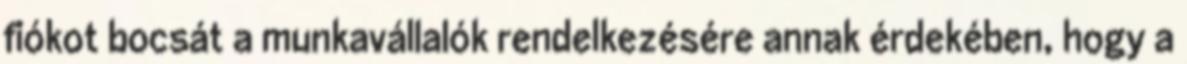
fiókot bocsát a munkavállalók rendelkezésére annak érdekében, hogy a